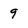
Character: 9